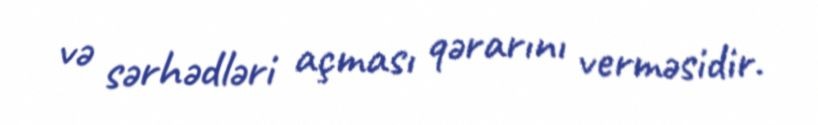
və sərhədləri açması qərarını verməsidir.